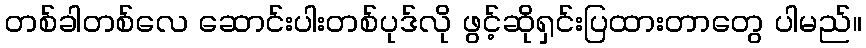
တစ်ခါတစ်လေ ဆောင်းပါးတစ်ပုဒ်လို ဖွင့်ဆိုရှင်းပြထားတာတွေ ပါမည်။